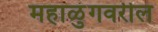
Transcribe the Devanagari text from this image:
महाळुंगवरील